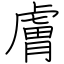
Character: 膚